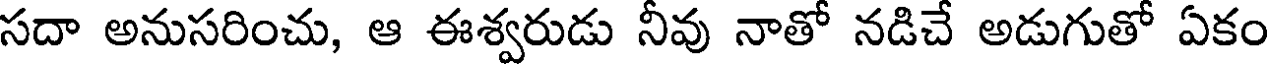
సదా అనుసరించు, ఆ ఈశ్వరుడు నీవు నాతో నడిచే అడుగుతో ఏకం